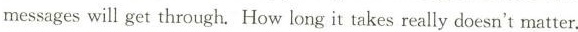
messages will get through. How long it takes really doesn't matter.